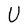
Character: U